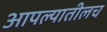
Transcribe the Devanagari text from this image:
आपल्यातीलच